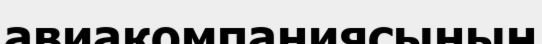
авиакомпаниясының